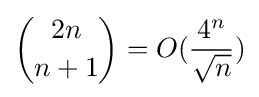
{\binom {2n}{n+1}}=O({\frac {4^{n}}{\sqrt {n}}})